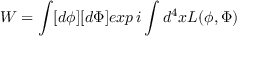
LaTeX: W = \int [ d \phi ] [ d \Phi ] e x p \, i \int d ^ { 4 } x { \cal L } ( \phi , \Phi )